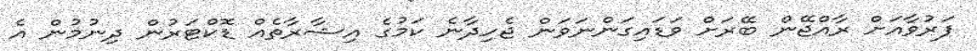
ފަރުވާއަށް ރާއްޖޭން ބޭރަށް ވަޑައިގަންނަވަން ޖެހިދާނެ ކަމުގެ އިޝާރާތެއް ޑޮކްޓަރުން ދިނުމުން އެ